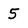
Character: 5